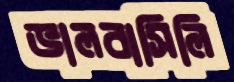
ভালবাসিলি